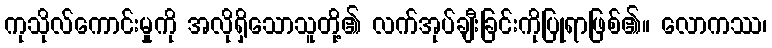
ကုသိုလ်ကောင်းမှုကို အလိုရှိသောသူတို့၏ လက်အုပ်ချီးခြင်းကိုပြုရာဖြစ်၏။ လောကဿ၊